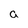
Character: a